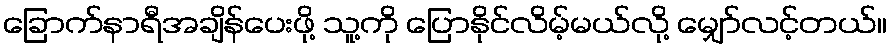
ခြောက်နာရီအချိန်ပေးဖို့ သူ့ကို ပြောနိုင်လိမ့်မယ်လို့ မျှော်လင့်တယ်။